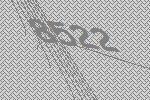
8522